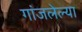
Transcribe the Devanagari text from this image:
गांजलेल्या